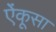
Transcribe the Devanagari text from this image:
ऐंकूसा